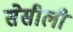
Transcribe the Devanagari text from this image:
सेसीली